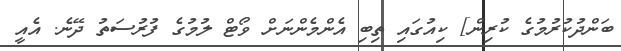
ބަންދުކުރުމުގެ ކުރިން] ކިއުގައި ތިބި އެންމެންނަށް ވޯޓް ލުމުގެ ފުރުސަތު ދޭނެ. އެއީ